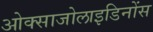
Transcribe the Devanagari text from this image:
ओक्साजोलाइडिनोंस